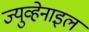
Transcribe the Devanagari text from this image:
ज्युव्हेनाइल